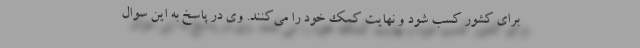
برای کشور کسب شود و نهایت کمک خود را می‌کنند. وی در پاسخ به این سوال